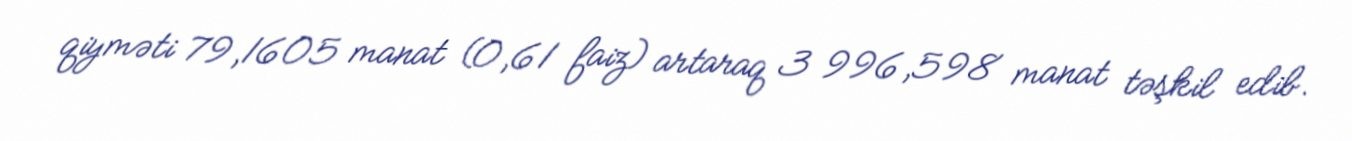
qiyməti 79,1605 manat (0,61 faiz) artaraq 3 996,598 manat təşkil edib.